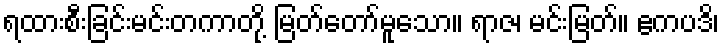
ရထားစီးခြင်းမင်းတကာတို့ မြတ်တော်မူသော။ ရာဇ၊ မင်းမြတ်။ ဧကပဒိ၊